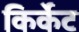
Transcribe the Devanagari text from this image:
किर्केट